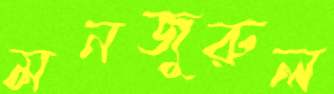
মনজুরুল